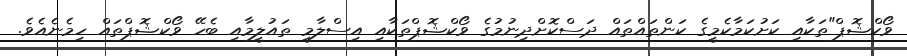
ވޯކްޝޮޕް"ތަކާއި ކަށުކަމާކެމީގެ ކަންތައްތައް ދަސްކޮށްދިނުމުގެ ވޯކްޝޮޕްތަކާއި އިސްލާމީ ތައުލީމާއި ބެހޭ ވޯކްޝޮޕްތައް ހިމެނެއެވެ.